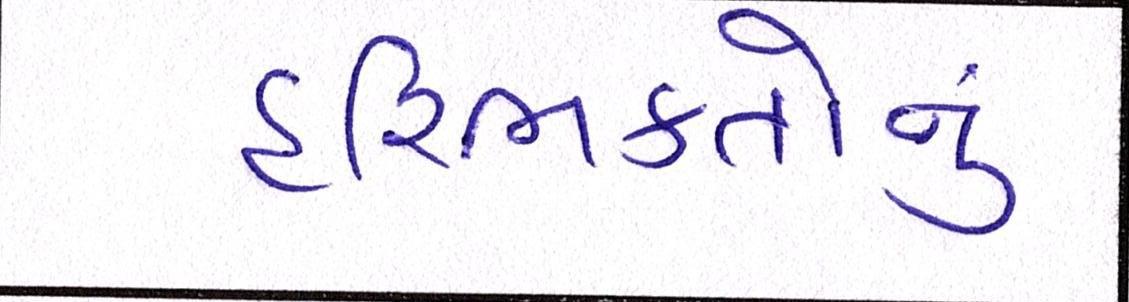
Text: હરિભક્તોનું